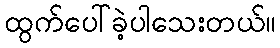
ထွက်ပေါ်ခဲ့ပါသေးတယ်။